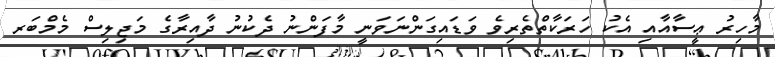
މާހިރު ޢީސާއާއި އެކު ހަރަކާތްތެރިވެ ވަޑައިގަންނަވަނީ މާފަންނު ދެކުނު ދާއިރާގެ މަޖިލިސް މެމްބަރ